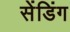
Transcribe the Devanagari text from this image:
सेंडिंग